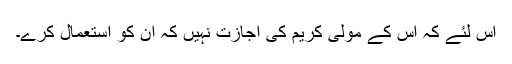
اس لئے کہ اس کے مولیٰ کریم کی اجازت نہیں کہ ان کو استعمال کرے۔